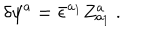
\delta \psi ^ { a } = { \bar { \epsilon } } ^ { a _ { 1 } } Z _ { a _ { 1 } } ^ { a } \ .